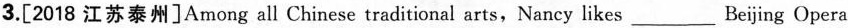
3.[2018 江苏泰州]Among all Chinese traditional arts,Nancy likes___Beijing Opera